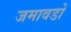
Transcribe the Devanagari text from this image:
जमावडों